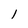
Character: 1